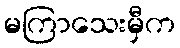
မကြာသေးမှီက